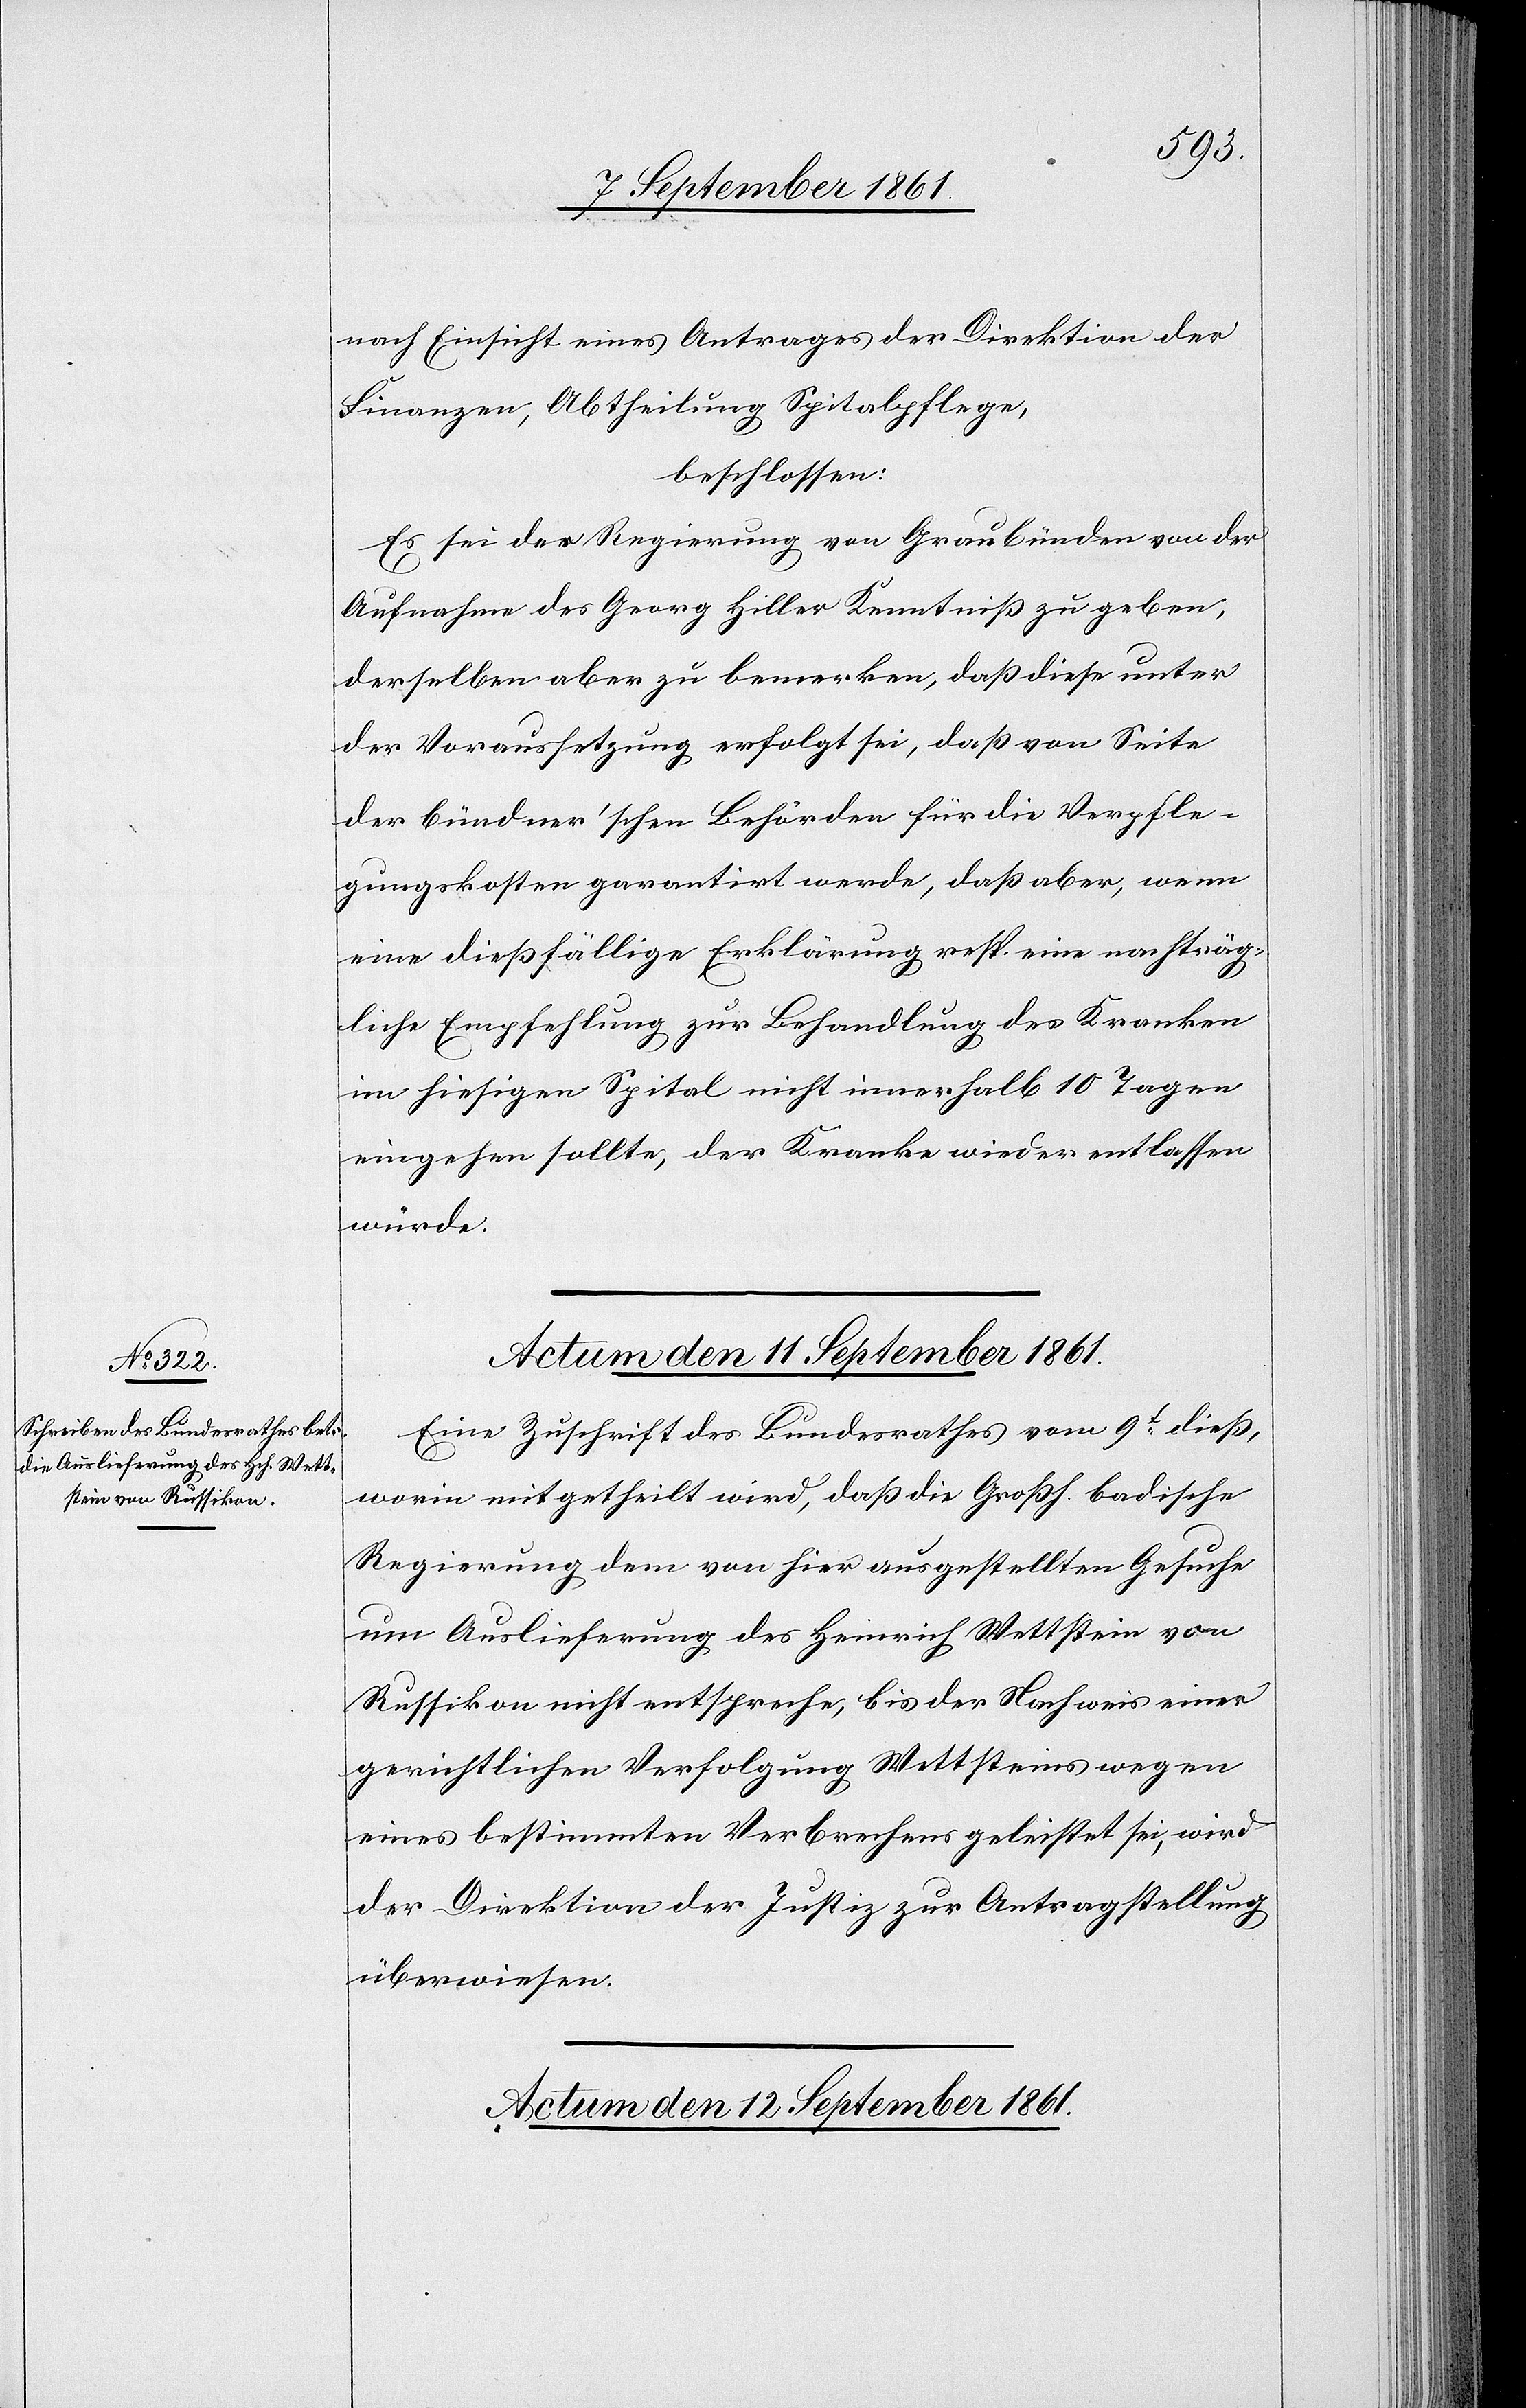
nach Einsicht eines Antrages der Direktion der
Finanzen, Abtheilung Spitalpflege,
beschlossen:
Es sei der Regierung von Graubünden von der
Aufnahme des Georg Hiller Kenntniß zu geben,
derselben aber zu bemerken, daß diese unter
der Voraussetzung erfolgt sei, daß von Seite
der bündner’schen Behörden für die Verpfle¬
gungskosten garantirt werde, daß aber, wenn
eine dießfällige Erklärung resp. eine nachträg¬
liche Empfehlung zur Behandlung des Kranken
im hiesigen Spital nicht innerhalb 10 Tagen
eingehen sollte, der Kranke wieder entlassen
würde.
Eine Zuschrift des Bundesrathes vom 9t dieß,
worin mitgetheilt wird, daß die Großh. Badische
Regierung dem von hier aus gestellten Gesuche
um Auslieferung des Heinrich Wettstein von
Russikon nicht entspreche, bis der Nachweis einer
gerichtlichen Verfolgung Wettsteins wegen
eines bestimmten Verbrechens geleistet sei, wird
der Direktion der Justiz zur Antragstellung
überwiesen.
Actum den 12 September 1861.